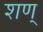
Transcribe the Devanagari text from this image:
शण्